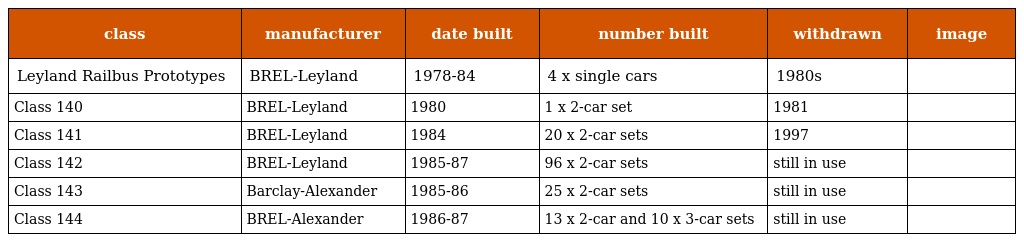
| class | manufacturer | date built | number built | withdrawn | image |
 | --- | --- | --- | --- | --- | --- |
 | Leyland Railbus Prototypes | BREL-Leyland | 1978-84 | 4 x single cars | 1980s |  |
 | Class 140 | BREL-Leyland | 1980 | 1 x 2-car set | 1981 |  |
 | Class 141 | BREL-Leyland | 1984 | 20 x 2-car sets | 1997 |  |
 | Class 142 | BREL-Leyland | 1985-87 | 96 x 2-car sets | still in use |  |
 | Class 143 | Barclay-Alexander | 1985-86 | 25 x 2-car sets | still in use |  |
 | Class 144 | BREL-Alexander | 1986-87 | 13 x 2-car and 10 x 3-car sets | still in use |  |